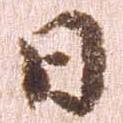
日